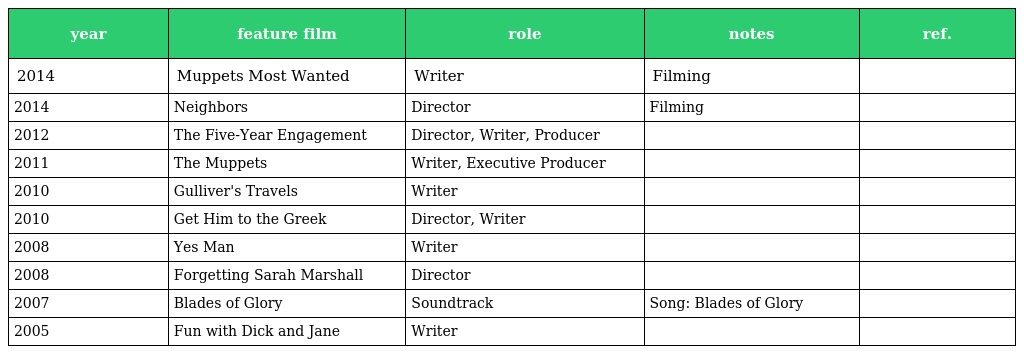
| year | feature film | role | notes | ref. |
 | --- | --- | --- | --- | --- |
 | 2014 | Muppets Most Wanted | Writer | Filming |  |
 | 2014 | Neighbors | Director | Filming |  |
 | 2012 | The Five-Year Engagement | Director, Writer, Producer |  |  |
 | 2011 | The Muppets | Writer, Executive Producer |  |  |
 | 2010 | Gulliver's Travels | Writer |  |  |
 | 2010 | Get Him to the Greek | Director, Writer |  |  |
 | 2008 | Yes Man | Writer |  |  |
 | 2008 | Forgetting Sarah Marshall | Director |  |  |
 | 2007 | Blades of Glory | Soundtrack | Song: Blades of Glory |  |
 | 2005 | Fun with Dick and Jane | Writer |  |  |